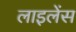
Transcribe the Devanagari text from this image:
लाइलेंस